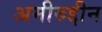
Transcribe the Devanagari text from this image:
अमीरुद्दीन